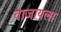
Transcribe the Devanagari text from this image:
वाजायला